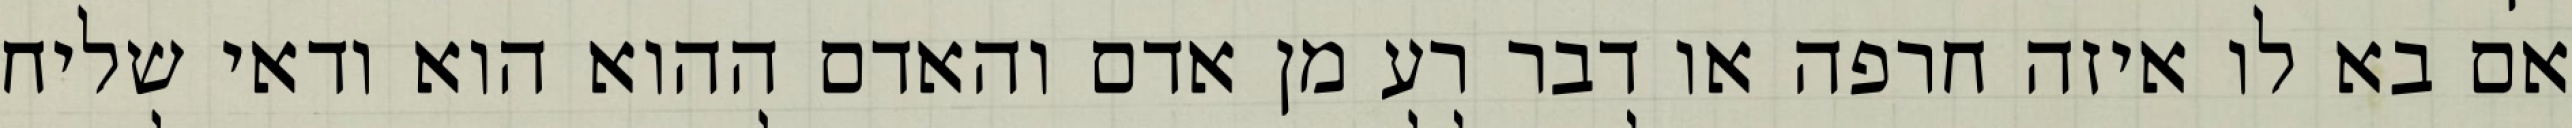
אם בא לו איזה חרפה או דבר רע מן אדם והאדם ההוא הוא ודאי שליח